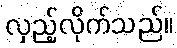
လှည့်လိုက်သည်။